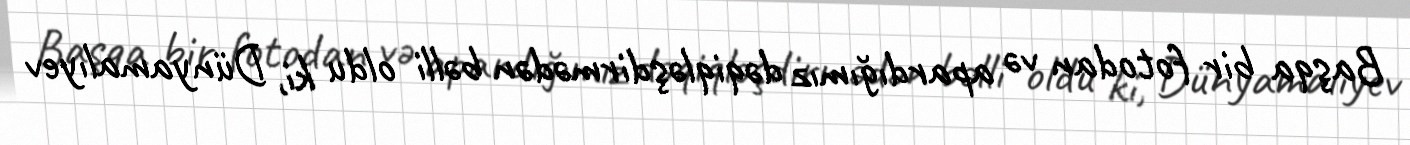
Başqa bir fotodan və apardığımız dəqiqləşdirmədən bəlli oldu ki, Dünyamalıyev